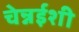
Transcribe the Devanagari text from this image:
चेन्नईशी